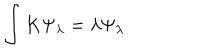
\int K \Psi _ { \lambda } = \lambda \Psi _ { \lambda }